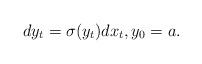
LaTeX: \begin{align*}dy_t = \sigma (y_t) dx_t, y_0 =a.\end{align*}